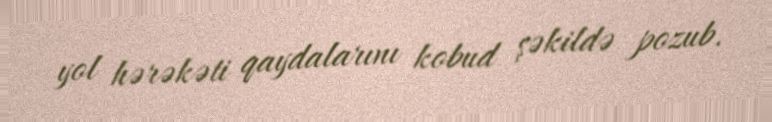
yol hərəkəti qaydalarını kobud şəkildə pozub.